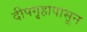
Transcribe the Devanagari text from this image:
दीपगृहापासून